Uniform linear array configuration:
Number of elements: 24
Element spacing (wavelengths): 0.25
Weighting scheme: uniform
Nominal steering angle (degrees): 30
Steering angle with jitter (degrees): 31.5
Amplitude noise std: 0.05
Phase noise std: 0.05

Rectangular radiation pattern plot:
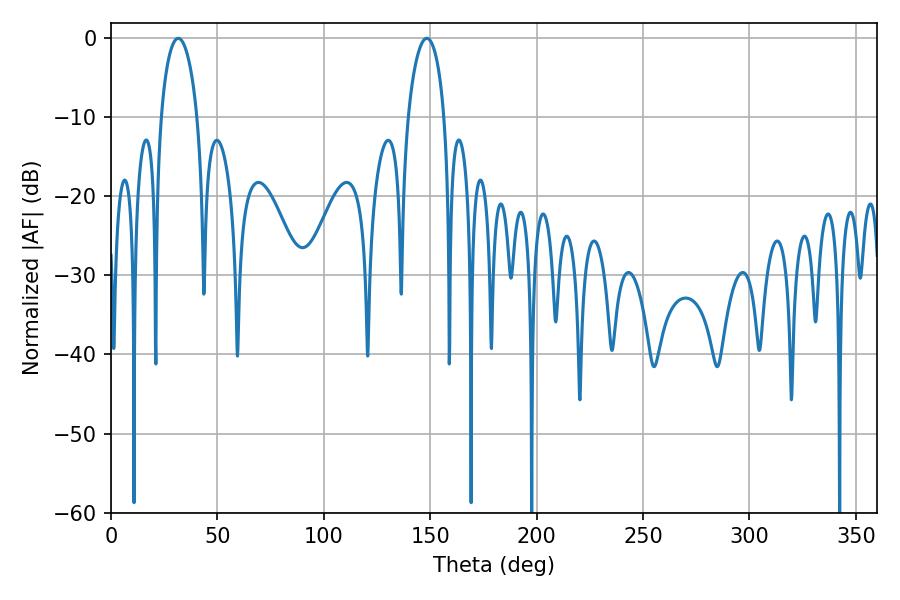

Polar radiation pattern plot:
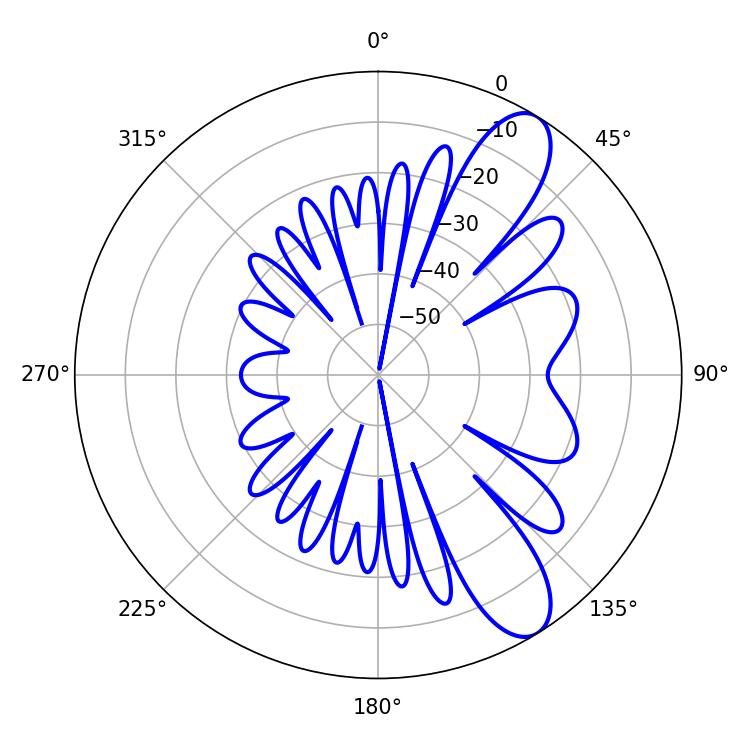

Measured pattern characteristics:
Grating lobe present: FALSE
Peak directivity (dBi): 9.88
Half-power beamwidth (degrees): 9.72
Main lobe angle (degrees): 31.68